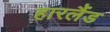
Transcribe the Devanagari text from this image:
हारलैंड